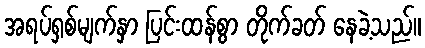
အရပ်ရှစ်မျက်နှာ ပြင်းထန်စွာ တိုက်ခတ် နေခဲ့သည်။